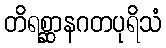
တိရစ္ဆာနဂတပုရိသံ